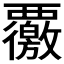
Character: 𮗊